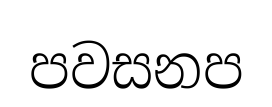
පවසනප